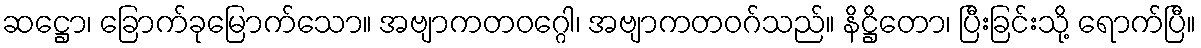
ဆဋ္ဌော၊ ခြောက်ခုမြောက်သော။ အဗျာကတဝဂ္ဂေါ၊ အဗျာကတဝဂ်သည်။ နိဋ္ဌိတော၊ ပြီးခြင်းသို့ ရောက်ပြီ။